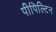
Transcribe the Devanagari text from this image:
पीपिल्टिन